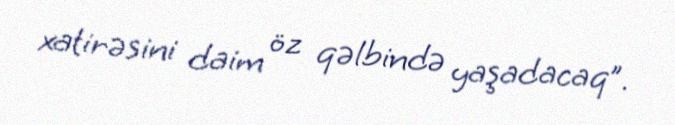
xatirəsini daim öz qəlbində yaşadacaq”.